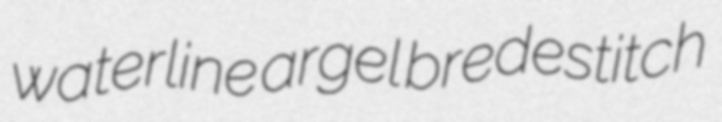
waterline argel bredestitch